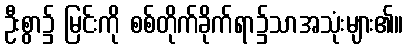
ဦးစွာ၌ မြင်းကို စစ်တိုက်ခိုက်ရာ၌သာအသုံးများ၏။